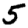
Digit: 5